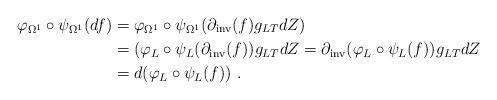
LaTeX: \begin{align*} \varphi_{\Omega^1}\circ \psi_{\Omega^1} (df) & = \varphi_{\Omega^1}\circ \psi_{\Omega^1} (\partial_{\mathrm{inv}}(f) g_{LT} dZ) \\ & = (\varphi_{L}\circ \psi_{L}(\partial_\mathrm{inv}(f))g_{LT}dZ = \partial_\mathrm{inv}(\varphi_{L}\circ \psi_{L}(f))g_{LT}dZ \\ & = d(\varphi_{L}\circ \psi_{L}(f)) \ .\end{align*}